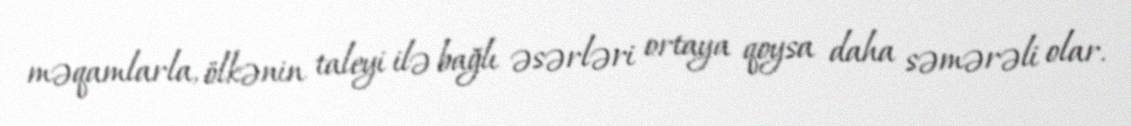
məqamlarla, ölkənin taleyi ilə bağlı əsərləri ortaya qoysa daha səmərəli olar.